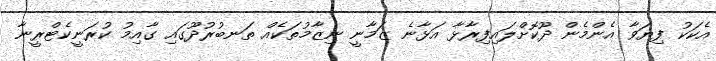
އެކަކު ފިޔަވާ އެންމެން ދޫކޮށްލައިފިރާޅާ އަޅާނެ ޒަމާނީ ނިޒާމުތަކެއް ތަނބުރުދޫގައި ގާއިމު ކުރަނީކެޓްރީނާ